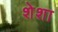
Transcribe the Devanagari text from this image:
शेशा